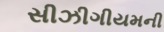
સીઝીગીયમની